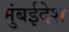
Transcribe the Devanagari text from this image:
मुंबईदेश